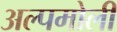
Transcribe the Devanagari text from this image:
अल्पमोली